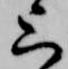
上